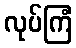
လုပ်ကြံ